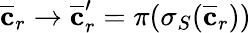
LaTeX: \overline{{\mathbf{c}}}_{r}\to\overline{{\mathbf{c}}}_{r}^{\prime}=\pi(\sigma_{S}(\overline{{\mathbf{c}}}_{r}))